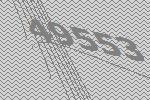
49553